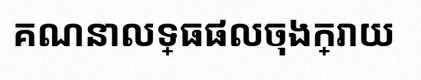
គណនាលទ្ធផលចុងក្រោយ